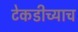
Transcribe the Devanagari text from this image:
टेकडीच्याच